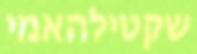
שקטילהאמי